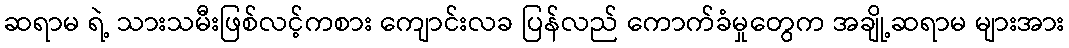
ဆရာမ ရဲ့ သားသမီးဖြစ်လင့်ကစား ကျောင်းလခ ပြန်လည် ကောက်ခံမှုတွေက အချို့ဆရာမ များအား